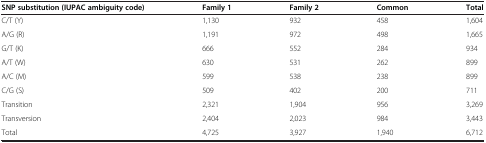
| SNP substitution (IUPAC ambiguity code) | Family 1 | Family 2 | Common | Total |
 | --- | --- | --- | --- | --- |
 | C/T (Y) | 1,130 | 932 | 458 | 1,604 |
 | A/G (R) | 1,191 | 972 | 498 | 1,665 |
 | G/T (K) | 666 | 552 | 284 | 934 |
 | A/T (W) | 630 | 531 | 262 | 899 |
 | A/C (M) | 599 | 538 | 238 | 899 |
 | C/G (S) | 509 | 402 | 200 | 711 |
 | Transition | 2,321 | 1,904 | 956 | 3,269 |
 | Transversion | 2,404 | 2,023 | 984 | 3,443 |
 | Total | 4,725 | 3,927 | 1,940 | 6,712 |